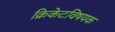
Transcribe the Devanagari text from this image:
क्रिकेटविषयक